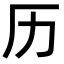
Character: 历